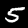
Label: 5